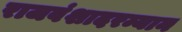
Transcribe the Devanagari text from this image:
राजवंशादरम्यान